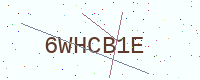
Text: 6WHCB1E